Leaving Certificate Examination, 1903
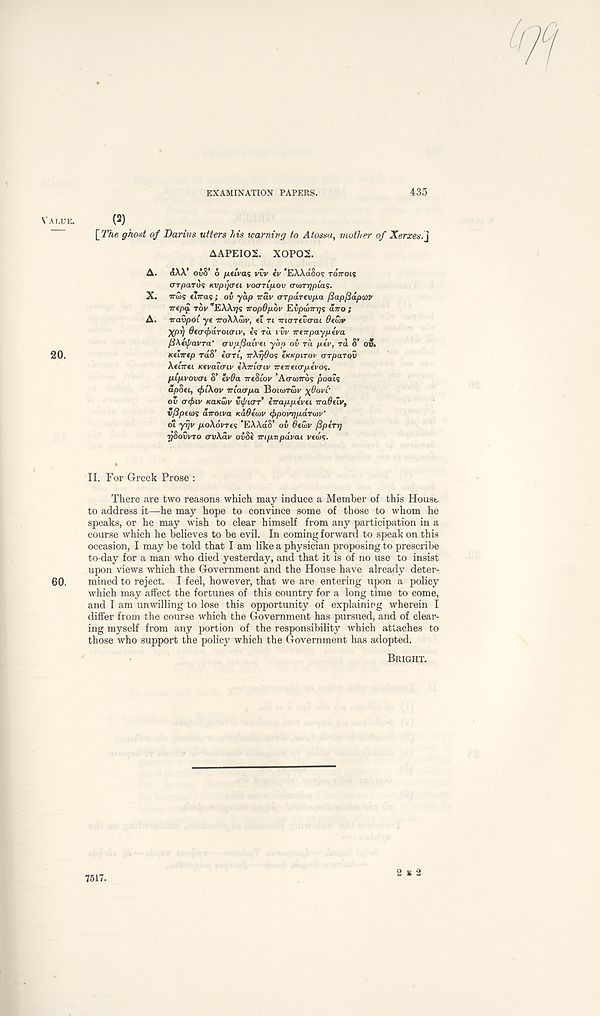
EXAMINATION PAPERS.
435
(2) .
[The ghost of Darius utters his teaming to Atossa, mother of Xerxes.]
AAPEIOS. X0P02.
A.
<iAA’ OVS’ 6 [MLvas vJv iv 'EAAaSo? TOTTOIS
a-rparos KVpijoti voaTLjxov crmryptas.
X. 7ru>s ciTras; ov yap tray OTparevpa (iapfiaptiv
Trtpa. TOV "EWrjs iropOpbv Eipalrrj;? atro ;
A. iravpoi ye iroWtav, ei n ■moTfvo'ai Oewv
Xprj dt(r<f>droiarLy, es ra i Gv treirpayplva
jiKtyavTa' avpfiaivd yap ab TO. ptv, ra S’ ov.
Kelirtp raS’ eort, Tr\r}6os tKKpnov arparov
AeiVei tccyaioiy i\.Trlaiv ■jrtneurpivo';.
plpyovcn S’ ev^a ireSiov ’AcwTros poais
apSet, <f>t\ov Trtacr/ia BOKOTSV yOovC
ov ocfnv KUKUIV vif/urT iirappivti iradeiv,
v/3puos airoiva KaOewy <f>povr]pdTii)y‘
ot yi/i' poXoyrcs 'EAAaS’ oi 0twy fipiTrj
ySowro avXay ovSe Trip.vpd.vai vtd)?.
II. For Greek Prose :
There are two reasons which may induce a Member of this House
to address it—he may hope to convince some of those to whom he
speaks, or he may wish to clear himself from any participation in a
course which he believes to be evil. In coming forward to speak on this
occasion, I may be told that I am like a physician proposing to prescribe
to-day for a man who died yesterday, and that it is of no use to insist
upon views which the Government and the House have already deter-
60.
mined to reject. I feel, however, that we are entering upon a policy
which may affect the fortunes of this country for a long time to come,
and I am unwilling to lose this opportunity of explaining wherein I
differ from the course which the Government has pursued, and of clear-
ing myself from any portion of the responsibility which attaches to
those who support the policy which the Government has adopted.
BRIGHT.
7517.